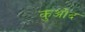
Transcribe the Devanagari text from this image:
कुओद